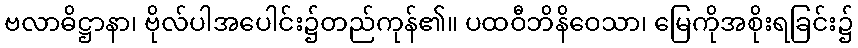
ဗလာဓိဋ္ဌာနာ၊ ဗိုလ်ပါအပေါင်း၌တည်ကုန်၏။ ပထဝီဘိနိဝေသာ၊ မြေကိုအစိုးရခြင်း၌